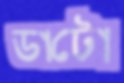
ডাটো